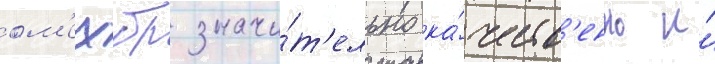
ом'ехбр значи́т'ельно ка́честв'енно и́